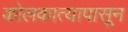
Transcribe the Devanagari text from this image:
कोलकात्यापासून